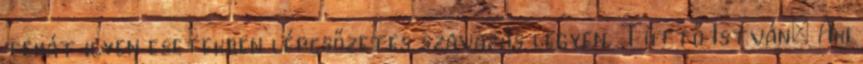
tehát ilyen esetekben lépcsőzetes szavazás legyen. Tüttő István: Aki